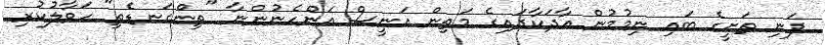
ފަނި ތަށީގެ ބައި ނިމުމުން އާދަކާދައިގެ މަތިން އަނީސް އަންހެނުންނާ "ތިންގަނޑެތި" ހަވާލުކުރި